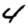
Digit: 4